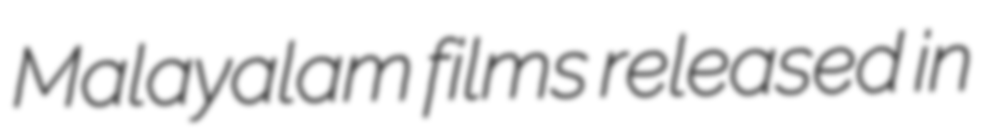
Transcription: Malayalam films released in